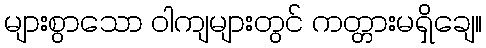
များစွာသော ဝါကျများတွင် ကတ္တားမရှိချေ။